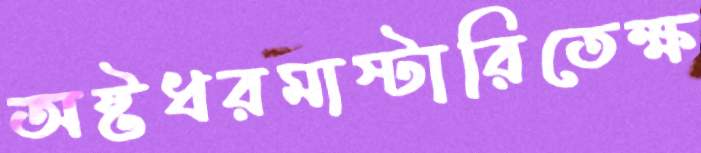
অষ্টধরমাস্টারিতেক্ষ